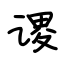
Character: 谡